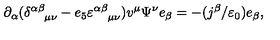
\partial _ { \alpha } ( \delta _ { \quad \mu \nu } ^ { \alpha \beta } - e _ { 5 } \varepsilon _ { \quad \mu \nu } ^ { \alpha \beta } ) v ^ { \mu } \Psi ^ { \nu } e _ { \beta } = - ( j ^ { \beta } / \varepsilon _ { 0 } ) e _ { \beta } ,